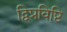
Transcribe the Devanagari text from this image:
द्विप्रविष्टि